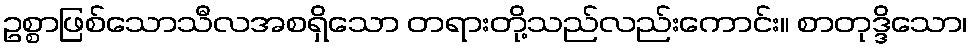
ဥစ္စာဖြစ်သောသီလအစရှိသော တရားတို့သည်လည်းကောင်း။ စာတုဒ္ဒိသော၊